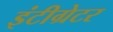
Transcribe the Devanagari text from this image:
इंटीग्रेटर